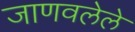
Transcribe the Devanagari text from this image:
जाणवलेले